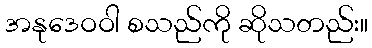
အနုဒေဝဝါ စသည်ကို ဆိုသတည်း။